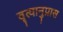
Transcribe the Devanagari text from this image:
वृत्यानुप्रास